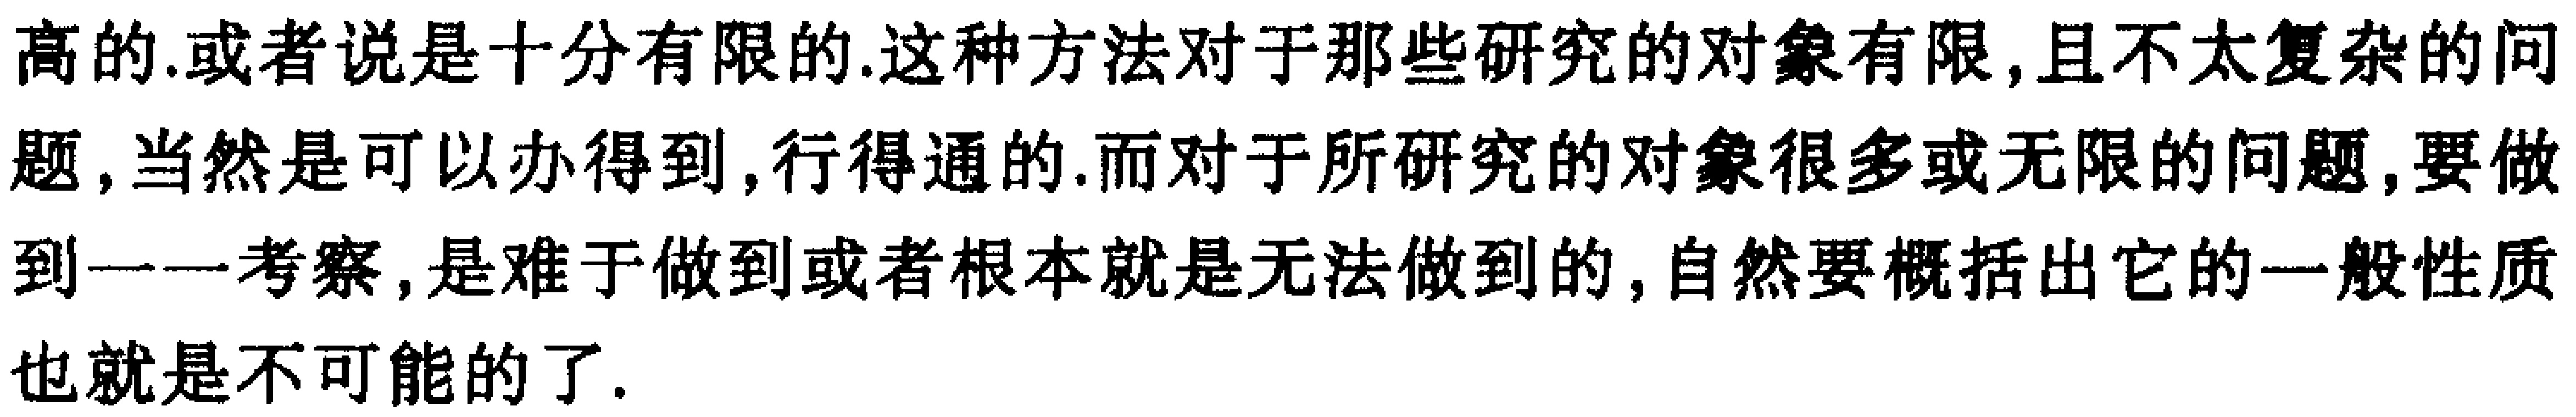
高的.或者说是十分有限的.这种方法对于那些研究的对象有限,且不太复杂的问题,当然是可以办得到,行得通的.而对于所研究的对象很多或无限的问题,要做到一一考察,是难于做到或者根本就是无法做到的,自然要概括出它的一般性质也就是不可能的了.